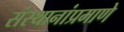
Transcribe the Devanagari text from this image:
संस्थानांप्रमाणे